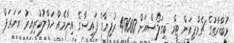
މުބާރާތުގެ ޗެމްޕިއަން ޓީމް ބިގަލޯސްއަށް 40000 ރުފިޔާގެ ފައިސާގެ އިނާމެއް ހަވާލުކުރިއިރު ރަނަރަޕް